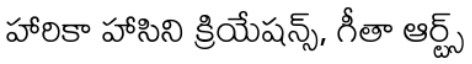
హారికా హాసిని క్రియేషన్స్, గీతా ఆర్ట్స్